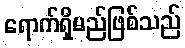
ရောက်ရှိမည်ဖြစ်သည်